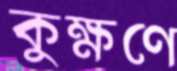
কুক্ষণে